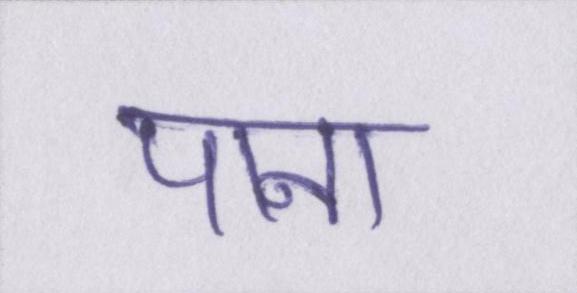
पाना